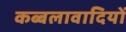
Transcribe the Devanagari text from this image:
कब्बलावादियों